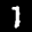
Label: 1